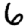
Digit: 6